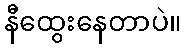
နီထွေးနေတာပဲ။